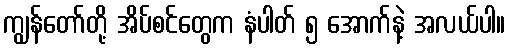
ကျွန်တော်တို့ အိပ်စင်တွေက နံပါတ် ၅ အောက်နဲ့ အလယ်ပါ။